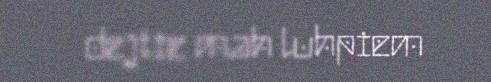
dejtie mah luhpiem